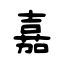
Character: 嘉